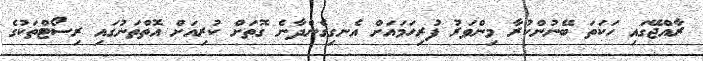
ރާއްޖޭގައި ހަކަތަ ބޭނުންކުރާ މިންވަރު ފުރިހަމައަށް އެނގިގެންދާނެ ގޮތަށް ކުރިއަށް އޮތްތަނުގައި ރިސޯޓްތަކުގެ